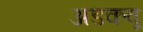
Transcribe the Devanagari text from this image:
अडकवू